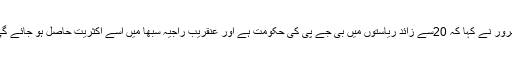
تھرور نے کہا کہ 20سے زائد ریاستوں میں بی جے پی کی حکومت ہے اور عنقریب راجیہ سبھا میں اسے اکثریت حاصل ہو جائے گی۔